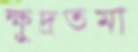
ক্ষুদ্রতমা